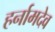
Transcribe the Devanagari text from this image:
हर्नामदेव